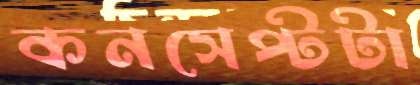
কনসেপ্টটা